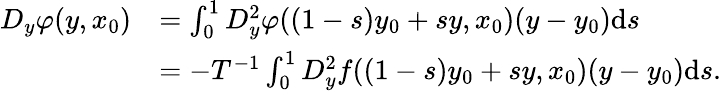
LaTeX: \begin{array}{rl}{D_{y}\varphi(y,x_{0})}&{=\int_{0}^{1}D_{y}^{2}\varphi((1-s)y_{0}+sy,x_{0})(y-y_{0})\mathrm{d}s}\\ &{=-T^{-1}\int_{0}^{1}D_{y}^{2}f((1-s)y_{0}+sy,x_{0})(y-y_{0})\mathrm{d}s.}\end{array}